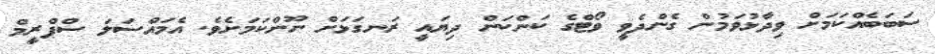
ސަބަބެއްކަމަށް ވިދާޅުވަމުން ގެންދެވީ ވޯޓްގެ ކަންކަން ދިޔައީ ރަނގަޅަށް ނޫންކަމަށެވެ. އެމައްސަލަ ސްޕްރީމް